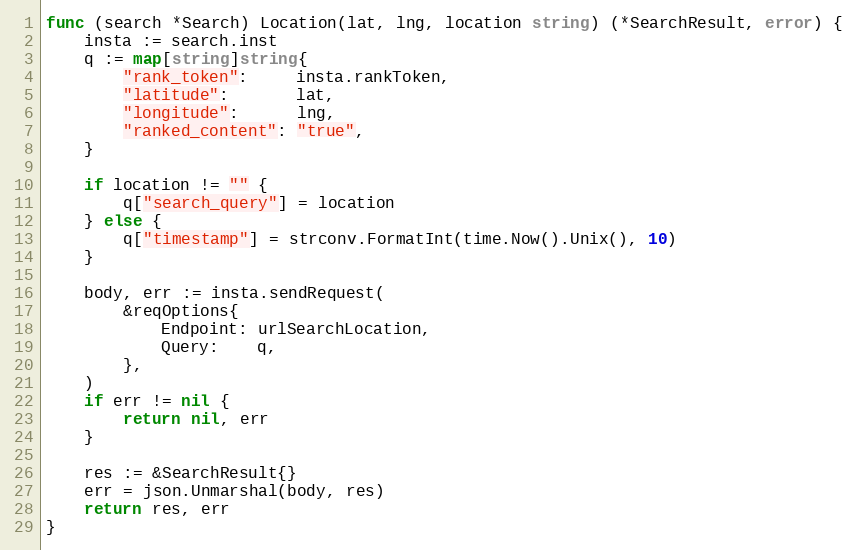
Language: Go
func (search *Search) Location(lat, lng, location string) (*SearchResult, error) {
	insta := search.inst
	q := map[string]string{
		"rank_token":     insta.rankToken,
		"latitude":       lat,
		"longitude":      lng,
		"ranked_content": "true",
	}

	if location != "" {
		q["search_query"] = location
	} else {
		q["timestamp"] = strconv.FormatInt(time.Now().Unix(), 10)
	}

	body, err := insta.sendRequest(
		&reqOptions{
			Endpoint: urlSearchLocation,
			Query:    q,
		},
	)
	if err != nil {
		return nil, err
	}

	res := &SearchResult{}
	err = json.Unmarshal(body, res)
	return res, err
}